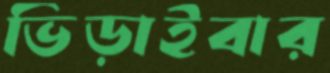
ভিড়াইবার